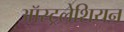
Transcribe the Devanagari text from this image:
ऑस्ट्रलेशियन